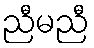
ညီမညီ